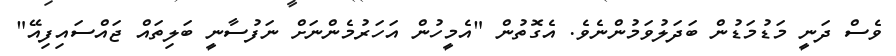
ވެސް ދަނީ މަޑުމަޑުން ބަދަލުވަމުންނެވެ. އެގޮތުން "އެމީހުން އަހަރުމެންނަށް ނަފުސާނީ ބަލިތައް ޖައްސައިފިއޭ"